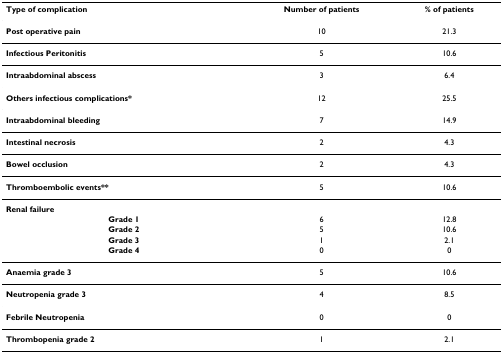
| Type of complication | Number of patients | % of patients |
 | --- | --- | --- |
 | Post operative pain | 10 | 21.3 |
 | Infectious Peritonitis | 5 | 10.6 |
 | Intraabdominal abscess | 3 | 6.4 |
 | Others infectious complications* | 12 | 25.5 |
 | Intraabdominal bleeding | 7 | 14.9 |
 | Intestinal necrosis | 2 | 4.3 |
 | Bowel occlusion | 2 | 4.3 |
 | Thromboembolic events** | 5 | 10.6 |
 | Renal failure |  |  |
 | Grade 1 | 6 | 12.8 |
 | Grade 2 | 5 | 10.6 |
 | Grade 3 | 1 | 2.1 |
 | Grade 4 | 0 | 0 |
 | Anaemia grade 3 | 5 | 10.6 |
 | Neutropenia grade 3 | 4 | 8.5 |
 | Febrile Neutropenia | 0 | 0 |
 | Thrombopenia grade 2 | 1 | 2.1 |